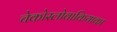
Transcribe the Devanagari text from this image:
चेकोस्लोवाकियाका